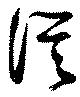
從